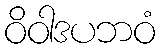
ဝိဝါဒပဘဝံ